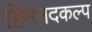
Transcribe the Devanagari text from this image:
हिमनदकल्प